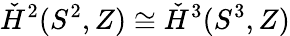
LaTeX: \check{H}^{2}(S^{2},Z)\cong\check{H}^{3}(S^{3},Z)